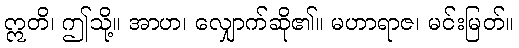
ဣတိ၊ ဤသို့။ အာဟ၊ လျှောက်ဆို၏။ မဟာရာဇ၊ မင်းမြတ်။